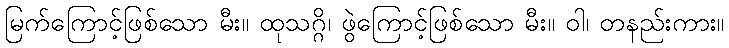
မြက်ကြောင့်ဖြစ်သော မီး။ ထုသဂ္ဂိ၊ ဖွဲကြောင့်ဖြစ်သော မီး။ ဝါ၊ တနည်းကား။